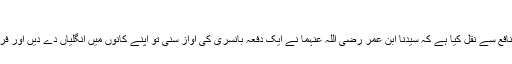
(مسند احمد ۲؍۱۷۱ح۶۵۹۱م، و سندہ حسن)
محمود بن خالد الدمشقی نے صحیح سند کے ساتھ امام نافع سے نقل کیا ہے کہ سیدنا ابن عمر رضی اللہ عنہما نے ایک دفعہ بانسری کی آواز سنی تو اپنے کانوں میں انگلیاں دے دیں اور فرمایا: نبی کریم صلی اللہ علیہ وسلم نے ایسا ہی کیا تھا۔